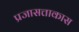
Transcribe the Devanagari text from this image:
प्रजासत्ताकास